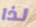
لذا